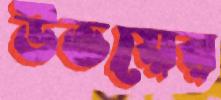
উভয়ের